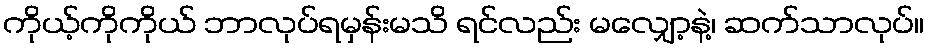
ကိုယ့်ကိုကိုယ် ဘာလုပ်ရမှန်းမသိ ရင်လည်း မလျှော့နဲ့၊ ဆက်သာလုပ်။